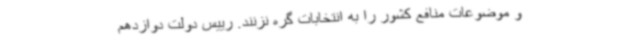
و موضوعات منافع کشور را به انتخابات گره نزنند. رییس دولت دوازدهم